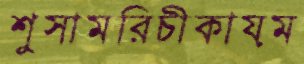
শুসামরিচীকায়ম